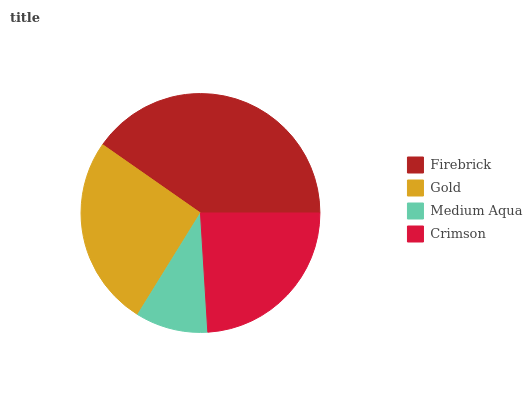
| Firebrick | Gold | Medium Aqua | Crimson |
 | --- | --- | --- | --- |
 | 40.2% | 25.9% | 9.8% | 24% |